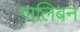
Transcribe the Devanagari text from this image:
ग़ालिबन